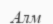
Алм